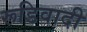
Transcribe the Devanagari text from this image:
रूडिवादी